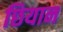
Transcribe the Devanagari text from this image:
छियान